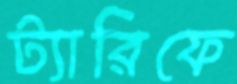
ট্যারিফে